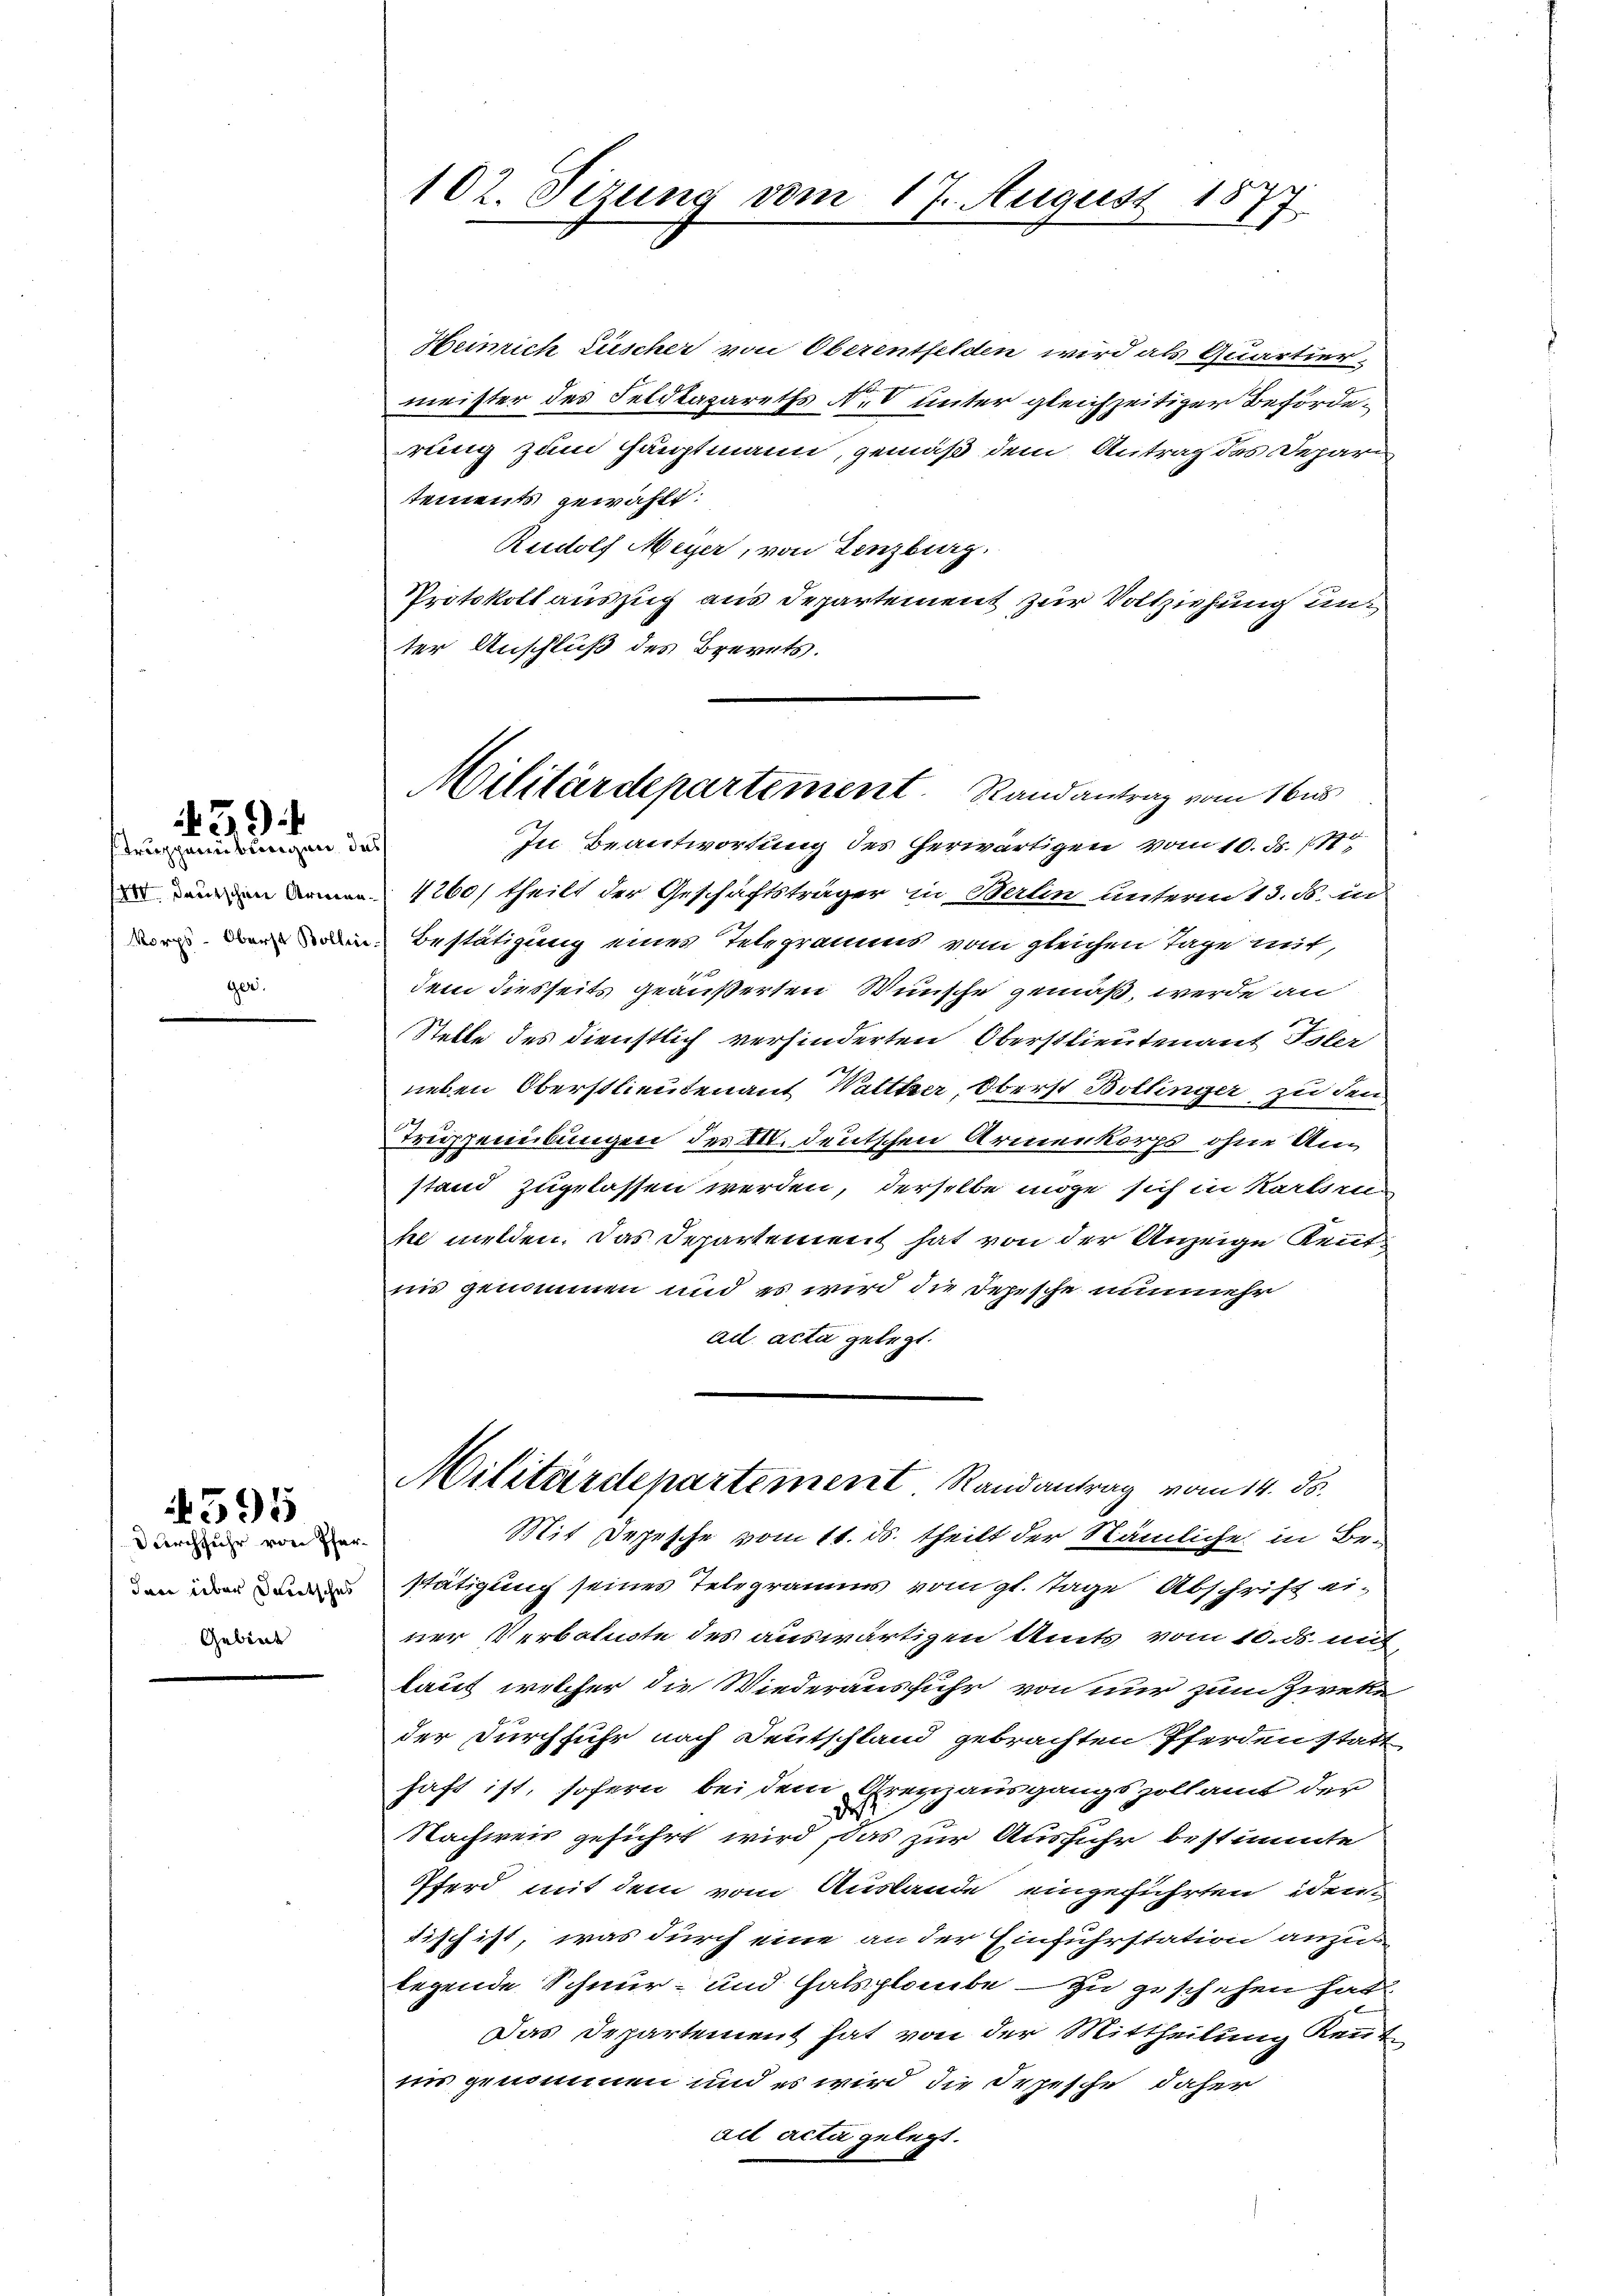
Truppenübergen des
ger.

39)

Durchfuhr von Pferdann über deutsches
Gebiet

595

102. Sizung vom 17. August 1877

Militärdepartement. Randantrag vom 16.s

Heinrich Lüscher von Oberentfelden wird als Quartierx
meister des Feldtagareths Nro unter gleichzeitiger Beförderung zum Hauptmann, gemäß dem Antrag des Deparitements gewählt:
Rudolf Meyer, von Lenzburg.
Protokoll auszug aus Departement zur Vollziehung unt
ter Anschluß des Brevets.
In Beantwortung des herwärtigen vom 10. ds. 111
n4260) theilt der Geschäftsträger in Berlin unterm 13. d. in
wen den den Bestätigung eines Telegramms vom gleichen Tage mit,
dem diesseits geäußerten Wünsche gemäß, werde an
eden
Stelle des Dienstlich verhinderten Oberstlieutenant Isler
neben Oberstlieutenant Walttzer, Oberst Bollinger zu den
Trippenübungen der M. deutschen Armenkorps ohne Anstand zugelassen werden, derselbe möge sich in Karteil
he melden. Das Departement hat von der Anzeige Kenntins genommen und es wird die Depesche nunmehr
ad acta gelegt.
Militärdepartement Randantrag vom 14. ds.
Mit Depesche vom 11. ds. theilt der Nämliche in Bestätigung seines Telegramms vom gl. Tage Abschrift einer Verbalicte des auswärtigen Amts vom 10. ds. mit,
laut welcher die Wiederausfuhr von nur zum Zweke
der Durchführ nach Deutschland gebrachten Pferdenstadt
haft ist, sofern bei dem Grenzausgangszollamt der
de
Nachweis geführt wird, das zur Ausführ bestimmte
Pferd mit dem vom Auslande eingeführten iden
tisch ist, was durch eine an der Einfuhrstation anzulegende Schnur- und Halsglaube – zu zuschehen hat
Das Departement hat von der Mittheilung Kennt
in genommen und es wird die Depesche daher
ad acti gelegt.